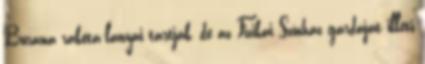
Burana rakéta-lányai tartják, de az Fizikai Színház gárdáját illeti